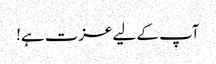
آپ کے لیے عزت ہے!